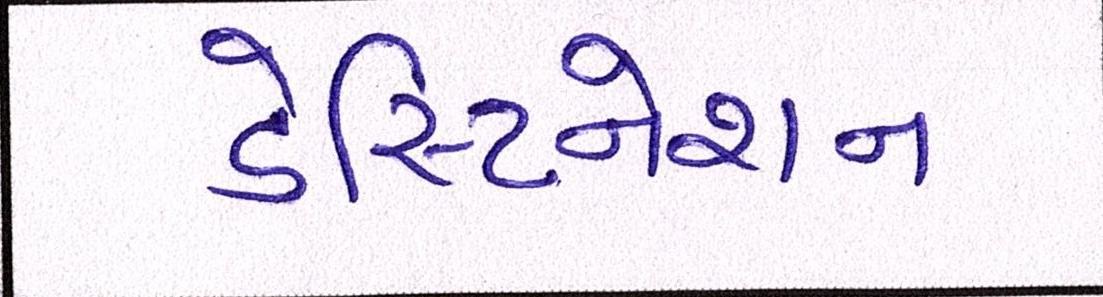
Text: ડેસ્ટિનેશન